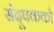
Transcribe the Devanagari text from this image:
संदूषकको